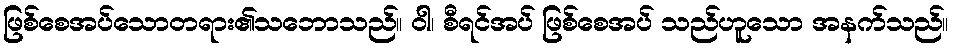
ဖြစ်စေအပ်သောတရား၏သဘောသည်။ ဝါ၊ စီရင်အပ် ဖြစ်စေအပ် သည်ဟူသော အနက်သည်။